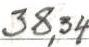
38,34